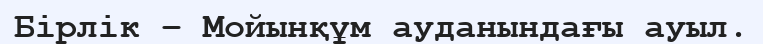
Бірлік – Мойынқұм ауданындағы ауыл.